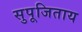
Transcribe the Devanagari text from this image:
सुपूजिताय